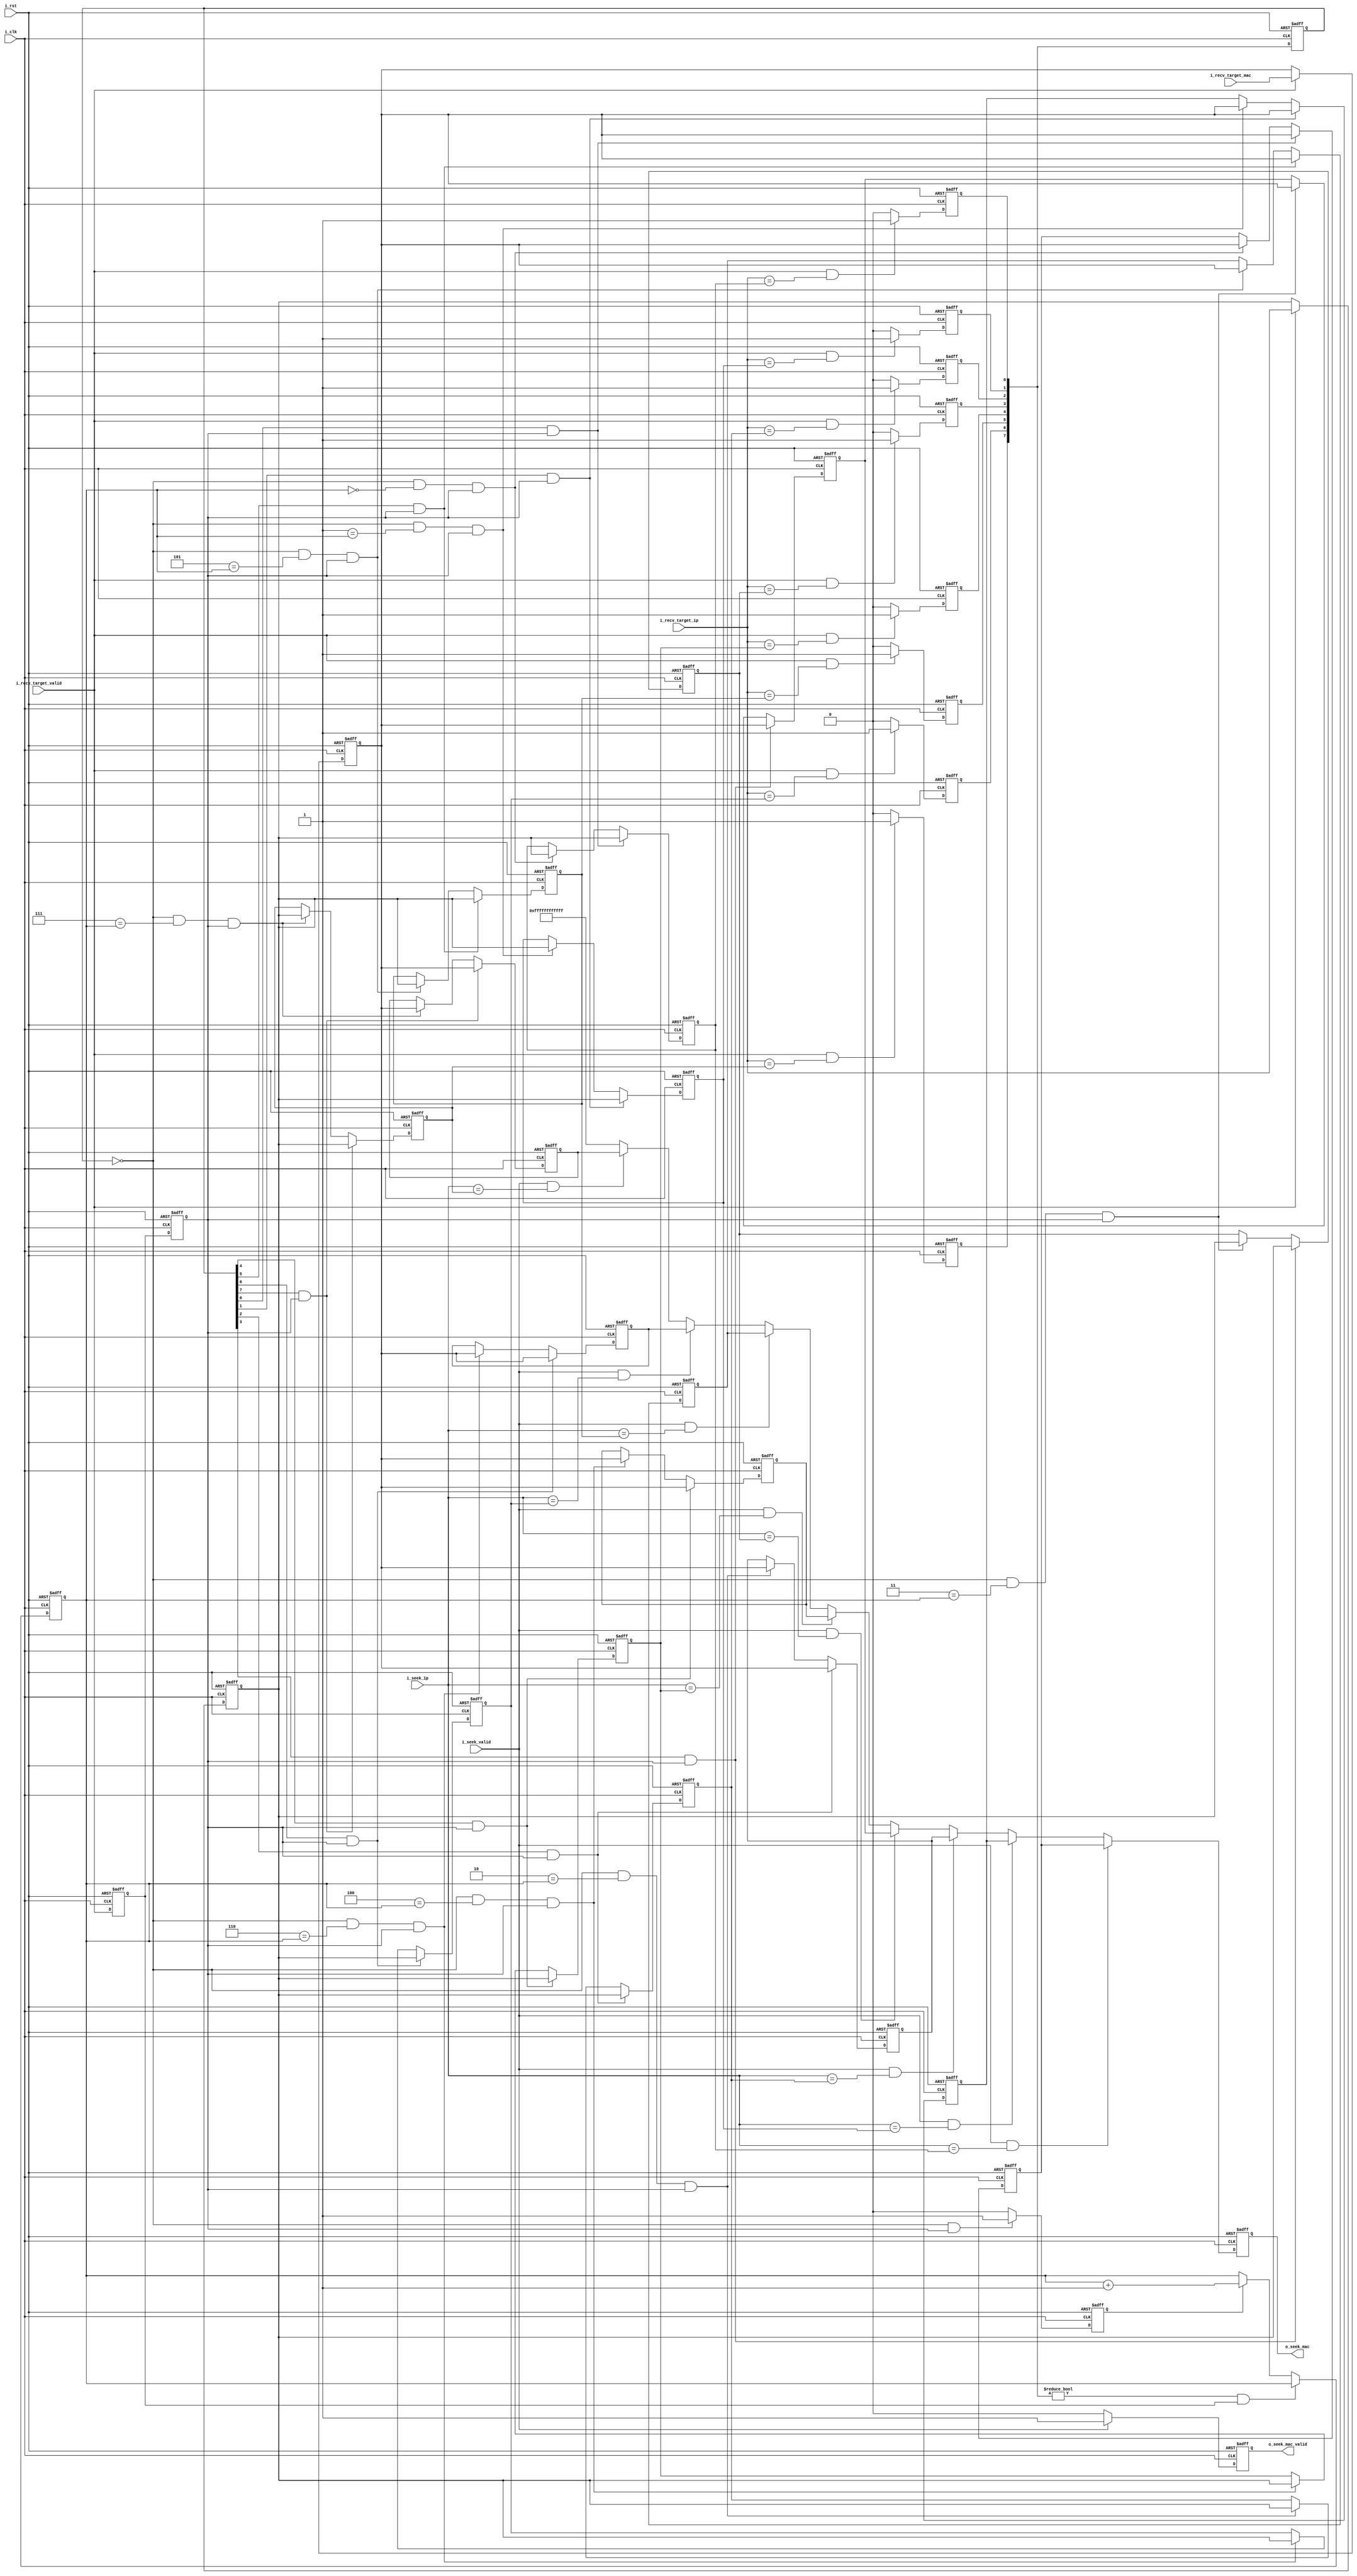
`timescale 1ns / 1ps
//////////////////////////////////////////////////////////////////////////////////
// Company: 
// Engineer: 
// 
// Design Name: 
// Module Name: ARP_table
// Project Name: 
// Target Devices: 
// Tool Versions: 
// Description: 
// 
// Dependencies: 
// 
// Revision:
// Revision 0.01 - File Created
// Additional Comments:
// 
//////////////////////////////////////////////////////////////////////////////////


module ARP_table(
    input           i_clk               ,
    input           i_rst               ,

    input  [47:0]   i_recv_target_mac   ,
    input  [31:0]   i_recv_target_ip    ,
    input           i_recv_target_valid ,

    input  [31:0]   i_seek_ip           ,
    input           i_seek_valid        ,
    output [47:0]   o_seek_mac          ,
    output          o_seek_mac_valid    
);
/******************************function*****************************/

/******************************parameter****************************/

/******************************mechine******************************/

/******************************reg**********************************/
reg  [47:0]     ri_recv_target_mac      ;
reg  [31:0]     ri_recv_target_ip       ;
reg             ri_recv_target_valid    ;
reg             ri_recv_target_valid_1d ;
reg  [47:0]     ro_seek_mac             ;
reg             ro_seek_mac_valid       ;

reg  [31:0]     r_ram_ip[7 :0]          ;
reg  [47:0]     r_ram_mac[7 :0]         ;
reg  [2 :0]     r_ram_addr              ;
reg  [7 :0]     r_rewrite               ;
reg  [7 :0]     r_rewrite_1d            ;
reg             r_write_new_ip_mac      ;
/******************************wire*********************************/

/******************************component****************************/

/******************************assign*******************************/
assign o_seek_mac       = ro_seek_mac      ;
assign o_seek_mac_valid = ro_seek_mac_valid;
/******************************always*******************************/
always @(posedge i_clk or posedge i_rst) begin
    if(i_rst)begin
        ri_recv_target_mac <= 'd0;
        ri_recv_target_ip  <= 'd0;        
    end
    else if(i_recv_target_valid)begin
        ri_recv_target_mac <= i_recv_target_mac;
        ri_recv_target_ip  <= i_recv_target_ip ;           
    end
    else begin
        ri_recv_target_mac <= ri_recv_target_mac;
        ri_recv_target_ip  <= ri_recv_target_ip;           
    end
end

always @(posedge i_clk or posedge i_rst) begin
    if(i_rst)begin
        ri_recv_target_valid <= 'd0;
        ri_recv_target_valid_1d <= 'd0;
    end else begin
        ri_recv_target_valid <= i_recv_target_valid;
        ri_recv_target_valid_1d <= ri_recv_target_valid;
    end
end

//ARPIPMACIPMAC
genvar check_i;
generate
    for(check_i = 0; check_i < 8; check_i = check_i + 1)begin:check_ip

        always @(posedge i_clk or posedge i_rst) begin
            if(i_rst)
                r_rewrite[check_i] <= 'd0;  
            else if(i_recv_target_valid && i_recv_target_ip == r_ram_ip[check_i])    
                r_rewrite[check_i] <= 'd1;
            else
                r_rewrite[check_i] <= 'd0;
        end

    end
endgenerate

always @(posedge i_clk or posedge i_rst) begin
    if(i_rst)
        r_rewrite_1d <= 'd0;
    else
        r_rewrite_1d <= r_rewrite;
end

//arpipipmac,1
//r_ram_addrip,ipmac
always @(posedge i_clk or posedge i_rst) begin
    if(i_rst)
        r_ram_addr <= 'd0;
    else if(r_rewrite != 0 && ri_recv_target_valid)
        r_ram_addr <= r_ram_addr;
    else if(r_write_new_ip_mac)
        r_ram_addr <= r_ram_addr + 1;
    else
        r_ram_addr <= r_ram_addr;
end


genvar write_i;
generate
    for(write_i = 0; write_i < 8; write_i = write_i + 1)begin:write_ip

        always @(posedge i_clk or posedge i_rst) begin
            if(i_rst)
                r_ram_ip[write_i] <= 'd0;  
            else if(r_rewrite_1d[write_i] && ri_recv_target_valid_1d)    
                r_ram_ip[write_i] <= ri_recv_target_ip;
            else if(r_rewrite_1d == 0 && write_i == r_ram_addr && ri_recv_target_valid_1d)    
                r_ram_ip[write_i] <= ri_recv_target_ip;
            else
                r_ram_ip[write_i] <= r_ram_ip[write_i];
        end

        always @(posedge i_clk or posedge i_rst) begin
            if(i_rst)
                r_ram_mac[write_i] <= 'd0;  
            else if(r_rewrite_1d[write_i] && ri_recv_target_valid_1d)    
                r_ram_mac[write_i] <= ri_recv_target_mac;
            else if(r_rewrite_1d == 0 && write_i == r_ram_addr && ri_recv_target_valid_1d)    
                r_ram_mac[write_i] <= ri_recv_target_mac;
            else
                r_ram_mac[write_i] <= r_ram_mac[write_i];
        end

    end
endgenerate

always @(posedge i_clk or posedge i_rst) begin
    if(i_rst)
        r_write_new_ip_mac <= 'd0;
    else if(r_rewrite_1d == 0 && ri_recv_target_valid_1d)
        r_write_new_ip_mac <= 'd1;
    else
        r_write_new_ip_mac <= 'd0; 
end

always@(posedge i_clk,posedge i_rst)
begin
    if(i_rst)
        ro_seek_mac <= 48'hff_ff_ff_ff_ff_ff;
    else if(i_seek_valid && i_seek_ip == r_ram_ip[0])
        ro_seek_mac <= r_ram_mac[0];
    else if(i_seek_valid && i_seek_ip == r_ram_ip[1])
        ro_seek_mac <= r_ram_mac[1];
    else if(i_seek_valid && i_seek_ip == r_ram_ip[2])
        ro_seek_mac <= r_ram_mac[2];
    else if(i_seek_valid && i_seek_ip == r_ram_ip[3])
        ro_seek_mac <= r_ram_mac[3];
    else if(i_seek_valid && i_seek_ip == r_ram_ip[4])
        ro_seek_mac <= r_ram_mac[4];
    else if(i_seek_valid && i_seek_ip == r_ram_ip[5])
        ro_seek_mac <= r_ram_mac[5];
    else if(i_seek_valid && i_seek_ip == r_ram_ip[6])
        ro_seek_mac <= r_ram_mac[6];
    else if(i_seek_valid && i_seek_ip == r_ram_ip[7])
        ro_seek_mac <= r_ram_mac[7];
    else 
        ro_seek_mac <= 48'hff_ff_ff_ff_ff_ff;
end


always @(posedge i_clk or posedge i_rst) begin
    if(i_rst)
        ro_seek_mac_valid <= 'd0;
    else if(i_seek_valid)
        ro_seek_mac_valid <= 'd1;
    else
        ro_seek_mac_valid <= 'd0;
end



endmodule